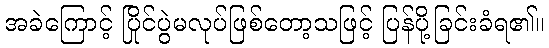
အခဲကြောင့် ပြိုင်ပွဲမလုပ်ဖြစ်တော့သဖြင့် ပြန်ပို့ခြင်းခံရ၏။